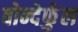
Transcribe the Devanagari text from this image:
वोन्देर्फुल